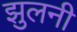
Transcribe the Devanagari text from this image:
झुलनी